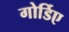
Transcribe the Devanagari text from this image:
गोर्डिए